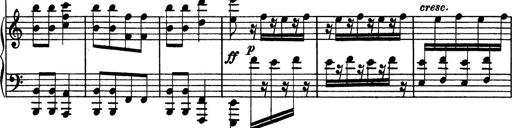
Title: Hungarian Rhapsody No.13
Composer: Franz Liszt
Key: A minor